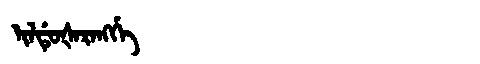
Manchu: ᡳᠯᡩᡠᡧᠠᡵᠠᠩᡤᡝ
Romanization: ILDUŠARANGGE